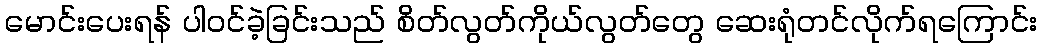
မောင်းပေးရန် ပါဝင်ခဲ့ခြင်းသည် စိတ်လွတ်ကိုယ်လွတ်တွေ ဆေးရုံတင်လိုက်ရကြောင်း